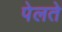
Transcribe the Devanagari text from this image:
पेलते